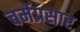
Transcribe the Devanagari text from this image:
चर्मप्रसार